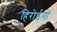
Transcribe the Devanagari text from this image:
हिरोईनों